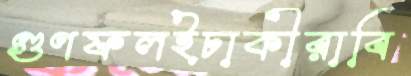
গুণফলইঢাকীরাবি